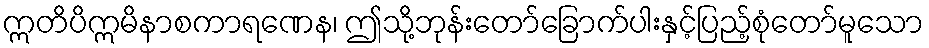
ဣတိပိဣမိနာစကာရဏေန၊ ဤသို့ဘုန်းတော်ခြောက်ပါးနှင့်ပြည့်စုံတော်မူသော